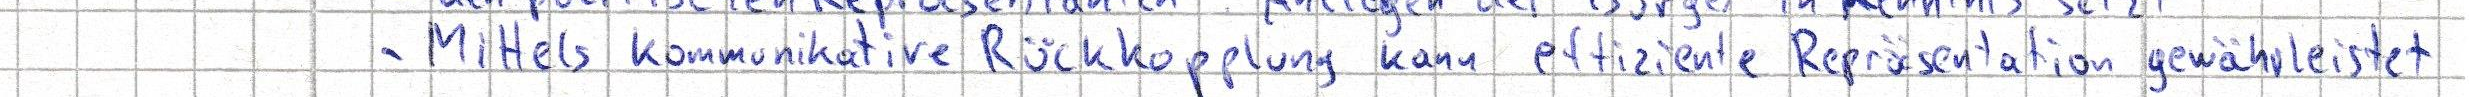
- Mittels kommunikative Rückkopplung kann effiziente Repräsentation gewährleistet